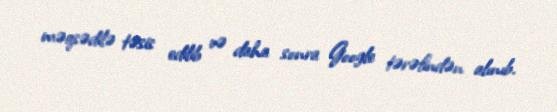
məqsədilə təsis edilib və daha sonra Google tərəfindən alınıb.